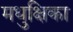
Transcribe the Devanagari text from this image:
मधुक्षिका